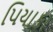
પિયાકા